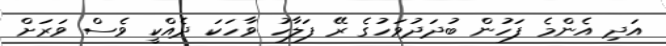
އަދި އެންމެ ފަހުން ބުދަދުވަހުގެ ރޭ ފަލާހު ވާހަކަ ދެއްކީ ވެސް ވަރަށް